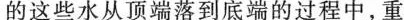
的这些水从顶端落到底端的过程中，重